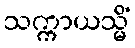
သက္ကာယသ္မိံ